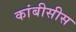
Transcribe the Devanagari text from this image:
कांबीसीस